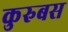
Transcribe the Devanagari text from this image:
कुरुबस